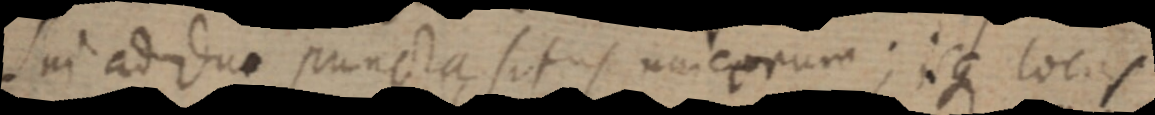
sui adduo puncta situs unicorum; isque locus